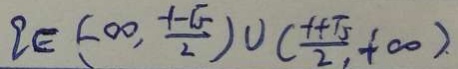
q \in ( - \infty , \frac { - 1 - \sqrt { 5 } } { 2 } ) \cup ( \frac { - 1 + \sqrt { 5 } } { 2 } , + \infty )